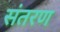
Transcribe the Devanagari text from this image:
संतरण